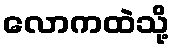
လောကထဲသို့